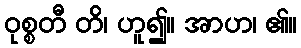
ဝုစ္စတီ တိ၊ ဟူ၍။ အာဟ၊ ၏။